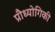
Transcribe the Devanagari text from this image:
प्रौध्योगिकी